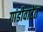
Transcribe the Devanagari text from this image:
गांडीवाटेंत